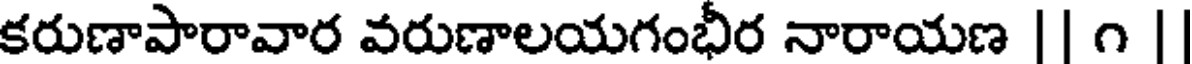
కరుణాపారావార వరుణాలయగంభీర నారాయణ || ౧ |